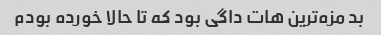
بد مزه‌ترین هات داگی بود که تا حالا خورده بودم